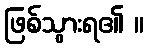
ဖြစ်သွားရ၏ ။